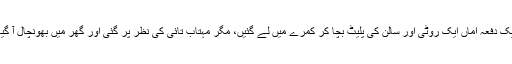
ایک دفعہ اماں ایک روٹی اور سالن کی پلیٹ بچا کر کمرے میں لے گئیں، مگر مہتاب تائی کی نظر پر گئی اور گھر میں بھونچال آ گیا۔